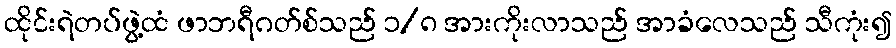
ထိုင်းရဲတပ်ဖွဲ့ထံ ဖာဘရီဂတ်စ်သည် ၁/၈ အားကိုးလာသည် အာခံလေသည် သီကုံး၍